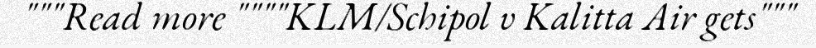
"""Read more """"KLM/Schipol v Kalitta Air gets"""